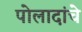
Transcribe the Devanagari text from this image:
पोलादांचे